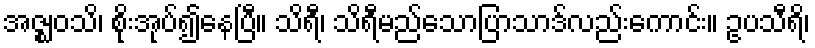
အဇ္ဈဝသိ၊ စိုးအုပ်၍နေပြီ။ သိရီ၊ သိရီမည်သောပြာသာဒ်လည်းကောင်း။ ဥပသီရိ၊